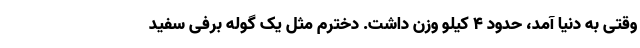
وقتی به دنیا آمد، حدود ۴ کیلو وزن داشت. دخترم مثل یک گوله برفی سفید